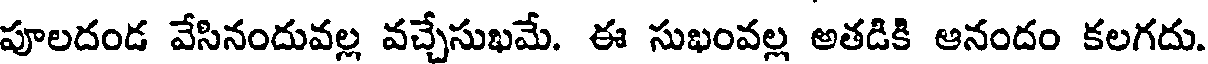
పూలదండ వేసినందువల్ల వచ్చేసుఖమే. ఈ సుఖంవల్ల అతడికి ఆనందం కలగదు.